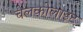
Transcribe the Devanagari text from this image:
चेलकोलाइट